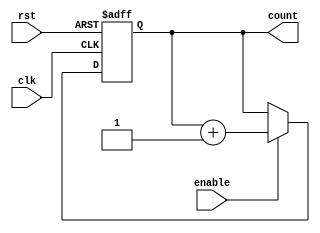
module binary_counter (
  input clk,
  input rst,
  input enable,
  output reg [3:0] count
);

always @(posedge clk or posedge rst) begin
  if (rst) begin
    count <= 4'b0000;
  end 
  else begin
    if (enable) begin
      count <= count + 4'b0001;
    end
  end
end

endmodule